King Institute of Preventive Medicine Bacteriolog. Section reports 1907-08
Year: 1907
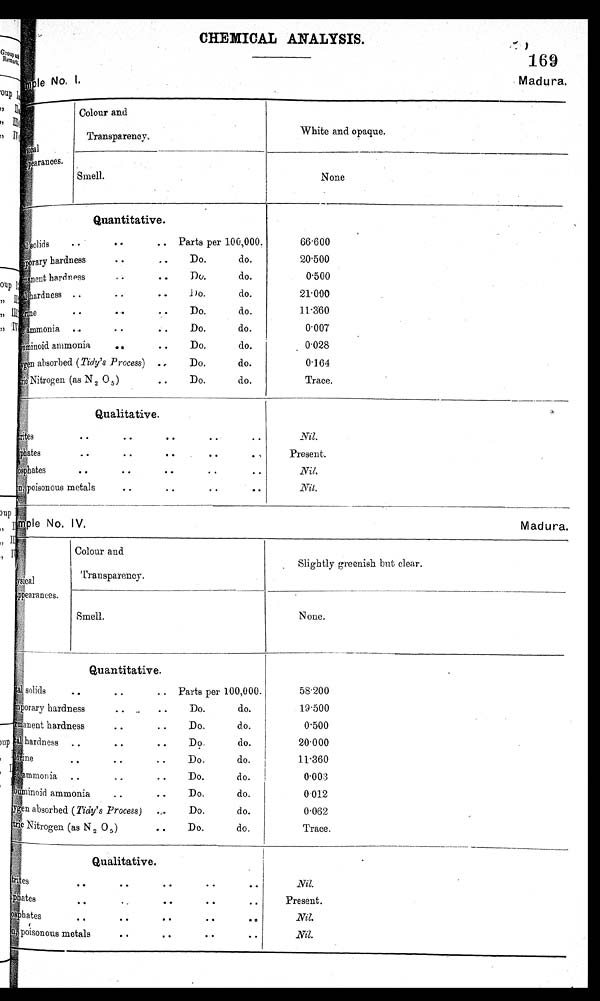
N o . I .
Madura,
P
-title No. IV.
Madura.
CHEMICAL ANALYSIS.
169
I '
II
III
IV
P
h y s i c a l
prances.
,
Colour and
Transparency..
White and opaque.
Smell.
None
Quantitative.
solids
• •
• •
.. Parts per 100,000.
temporary hardness
• •
• •
Do.
do.
Permanent hardness .. Do. do.
Total hardness ..
• •
• .
d o.
do.
II.
• •
• •
• •
Do.
do.
, ammonia ...
• •
Do.
do.
Albuminoid. ammonia • • . Do. do.
en absorbed (Tidy's .Process) . ,
Do.
do.
Nitric
Nitrogen (as N 2 0 5 )
• •
Do.
do.
66.600
20.500
0.500
21.000
11.360
0.007
. 0.028
0.164
Trace.
Qualitative.
Nitrites s
• •
• •
• •
..
• •
Oates
..
• •
• •
• •
. ,
:
Phosphates
• •
• •
• .
..
• •
poisonous metals
..
..
• •
..
Nil.
Present.
Nil.
Nil.
Physi cal
appearances.
Colour and
Transparency.
Slightly greenish but clear.
Smell.
None.
Quantitative.
T o t a l
solids
..
..
.. Parts per 100,000.
.
hardness
Do.
do.
anent hardness
• •
• •
Do.
do.
Total
hardness
. .
• •
• •
Do.
do.
Chlorine
,
.
.
. .
. .
Do.
do.
ammonia
. .
—
• •
Do.
do.
Albuminoid ammonia
. .
• •
Do.
do.
en absorbed (Tidy's Process)
....
Do.
do.
Nitric
Nitrogen (as N2 O5)
• •
Do.
do.
Qualitative.
.
58.200
19.500
0.500
2 0 . 0 0 0
11.360
0.003
0.012
0 . 0 6 2
Trace.
e
• •
•
• •
• •
• •
Sulphates
•
..
• 0
• •
• •
Phosphates
• •
•
..
poisonous metals
..
• •
• •
• •
Nil.
Present.
Nil.
Nil.